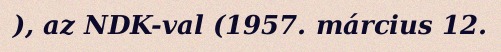
), az NDK-val (1957. március 12.